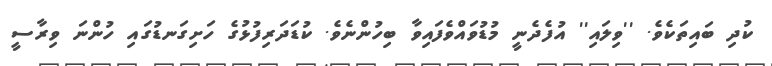
ކުދި ބައިތަކެވެ. ''ވިލައި'' އުފެދެނީ މުޑުވައްވެފައިވާ ބިހުންނެވެ. ކުޑަދަރިފުޅުގެ ހަށިގަނޑުގައި ހުންނަ ވިރާސީ